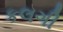
કલગી